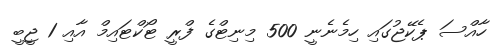
ހާއްސަ ޕެކޭޖުގައި ހިމެނެނީ 500 މިނިޓްގެ ފްރީ ޓޯކްޓައިމް އާއި 1 ޖީބީ